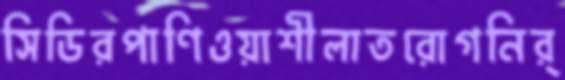
সিডিরপাণিওয়াশীলাতরোগনির্